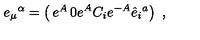
e _ { \mu } { } ^ { \alpha } = \left( \begin{matrix} { e ^ { A } } & { 0 } \\ { e ^ { A } C _ { i } } & { e ^ { - A } \hat { e } _ { i } { } ^ { a } } \\ \end{matrix} \right) \ ,